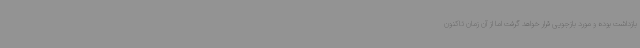
بازداشت بوده و مورد بازجویی قرار خواهد گرفت اما از آن زمان تاکنون